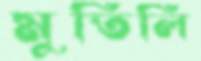
মুতিলি